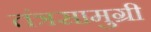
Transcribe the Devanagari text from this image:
तंत्रसामुग्री